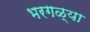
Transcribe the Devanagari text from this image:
भरगळ्या